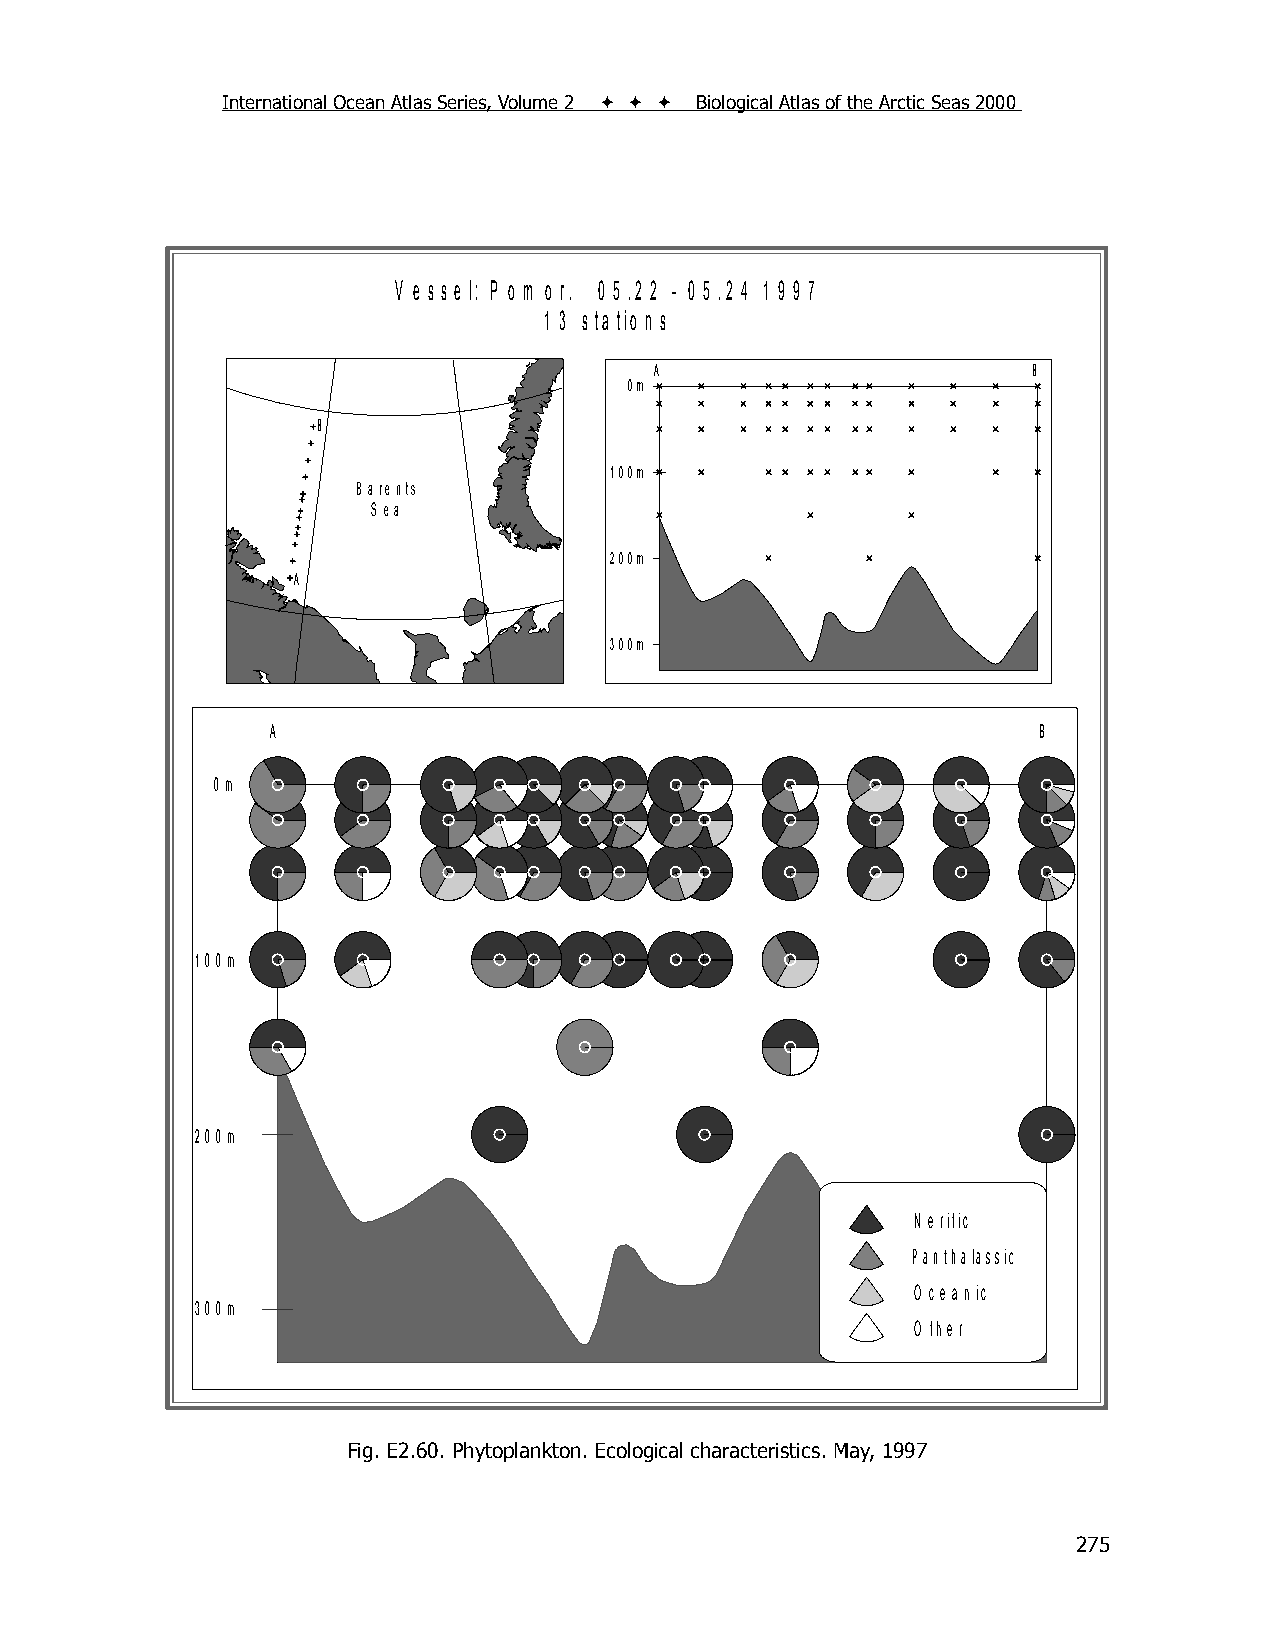
International Ocean Atlas Series, Volume 2    Biological Atlas of the Arctic Seas 2000
 V e s s e l: P o m o r. 0 5 .2 2 - 0 5 .2 4 1 9 9 7
 1 3 s ta tio n s
 A                        B
 0m
 B
 100m
 B arents
 S ea
 200m
 A
 300m
 A                                                  B
 0m
 100m
 200m
 N e ritic
 PPaannththaalalasssiscik
 O ce a n ic
 300m
 O th e r
 Fig. E2.60. Phytoplankton. Ecological characteristics. May, 1997
 275